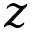
z